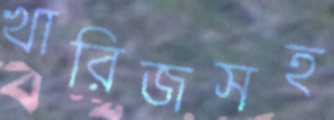
খারিজসহ